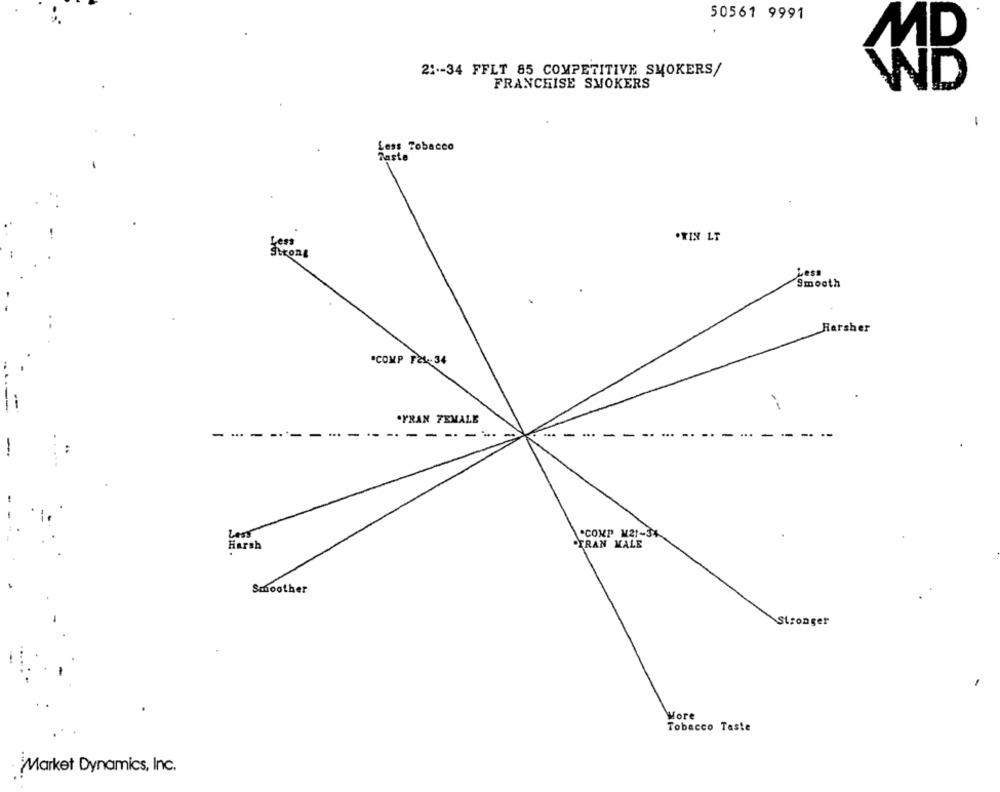
50561 9991
2 :-- 34 FFLT 85 COMPETITIVE SMOKERS/
FRANCHISE SMOKERS
D
-
Less Tobacco
Taste
.TIN LT
Less
Smooth
Harsher
.COMP FEL:34
.YRAN FEMALE
-
...
- --
--
Lost
.COMP M21-34
Harsh
.TRAN MALE
Smoother
Stronger
More
Tobacco Taste
Market Dynamics, Inc.